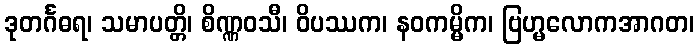
ဒုတင်္ဂဓရ၊ သမာပတ္တိ၊ စိဏ္ဏဝသီ၊ ဝိပဿက၊ နဝကမ္မိက၊ ဗြဟ္မလောကအာဂတ၊